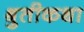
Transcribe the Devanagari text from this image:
श्रुतीकथा